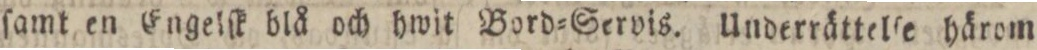
ſamt en Engelſk blå och hwit Bord=Servis. Underrättelſe härom